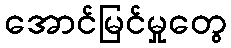
အောင်မြင်မှုတွေ